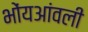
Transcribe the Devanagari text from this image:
भोंयआंवली